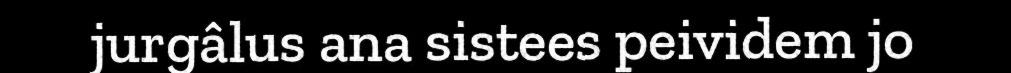
jurgâlus ana sistees peividem jo